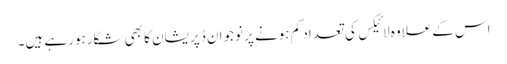
اس کےعلاوہ لائیکس کی تعداد کم ہونے پر نوجوان ڈپریشان کا بھی شکارہورہے ہیں۔